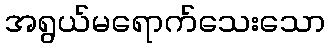
အရွယ်မရောက်သေးသော